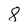
Character: 8